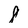
Character: 8